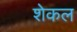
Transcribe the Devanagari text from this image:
शेकल